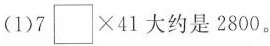
(1)$$7 \Box \times 4 1$$大约是2800。